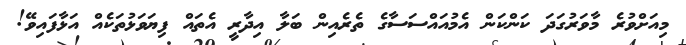
މިއަށްވުރެ މާވަރުގަދަ ކަންކަން އެމުއައްސަސާގެ ތެރެއިން ބަލާ އިދާރީ އެތައް ފިޔަވަޅުތަކެއް އަޅާފައިވޭ!